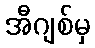
အီဂျစ်မှ